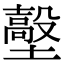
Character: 𡒼